Lunatic asylums United Prov. 1922-30 - 1922-1930
Year: 1922
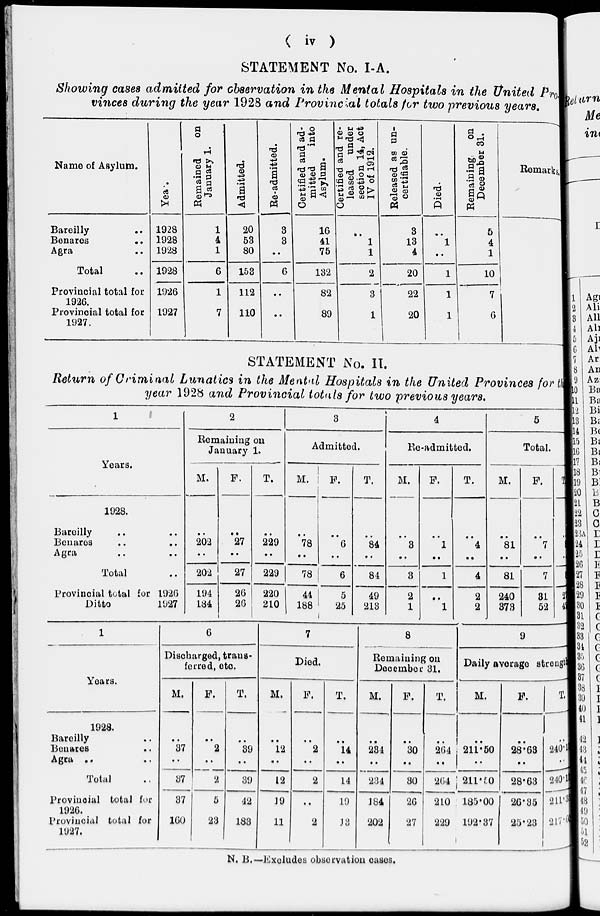
( iv )
STATEMENT No. I-A.
Showing cases admitted for observation in the Mental Hospitals in the United Pro-
vinces during the year 1928 and Provincial totals for two previous years.
Name of Asylum.
Bareilly ..
Benares ..
Agra ..
Total ..
Provincial total for
1926.
Provincial total for
1927.
Years.
1928
1928
1928
1928
1926
1927
Remained
on
January 1.
1
4
1
6
1
7
Admitted.
20
53
80
153
112
110
Re-admitted.
3
3
..
6
..
..
Certified and ad-
mitted
into
Asylum.
16
41
75
132
82
89
Certified and re-
leased
under
section 14, Act
IV of 1912.
..
1
1
2
3
1
Released as un-
certifiable.
3
13
4
20
22
20
Died.
..
1
..
1
1
1
Remaining
on
December 31.
5
4
1
10
7
6
Remarks.
STATEMENT No. II.
Return of Criminal Lunatics in the Mental Hospitals in the United Provinces for the
year 1928 and Provincial totals for two previous years.
1
Years.
1928.
Bareilly .. ..
Benares .. ..
Agra .. ..
Total ..
Provincial total for 1926
Ditto
1927
2
Remaining on
January 1.
M.
..
202
..
202
194
184
F.
..
27
..
27
26
26
T.
..
229
..
229
220
210
3
Admitted.
M.
..
78
..
78
44
188
F.
..
6
..
6
5 25
T.
..
84
..
84
49
213
4
Re-admitted.
M.
..
3
..
3
2
1
F.
..
1
..
1
..
1
T.
..
4
..
4
2
2
5
Total.
M.
..
81
..
81
240
373
F.
..
7
..
7
31
52
T.
..
88
..
88
271
425
1
Years.
1928.
Bareilly ..
Benares ..
Agra ..
Total ..
Provincial total for
1926.
Provincial total for
1927.
6
Discharged, trans-
ferred, etc.
M.
..
37
..
37
37
160
F.
..
2
..
2
5
23
T.
..
39
..
39
42
183
7
Died.
M.
..
12
..
12
19
11
F.
..
2
..
2
..
2
T.
..
14
..
14
19
13
8
Remaining on
December 31.
M.
..
234
..
234
184
202
F.
..
30
..
30
26
27
T.
..
264
..
264
210
229
9
Daily average strength
M.
..
211.50
..
211.50
185.00
192.37
F.
..
28.63
..
28.63
26.35
25.23
T.
..
240.13
..
240.13
211.35
217.6
N. B.—Excludes observation cases.